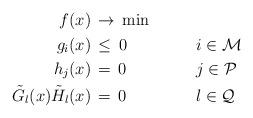
LaTeX: \begin{align*}\begin{aligned}f(x)&\,\to\,\min&&&\\g_i(x)&\,\leq\,0&\qquad&i\in\mathcal M&\\h_j(x)&\,=\,0&&j\in\mathcal P&\\\tilde G_l(x)\tilde H_l(x)&\,=\,0&&l\in\mathcal Q&\end{aligned}\end{align*}